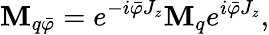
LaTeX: \mathbf{M}_{q\bar{{\varphi}}}=e^{-i\bar{{\varphi}}J_{z}}\mathbf{M}_{q}e^{i\bar{{\varphi}}J_{z}},